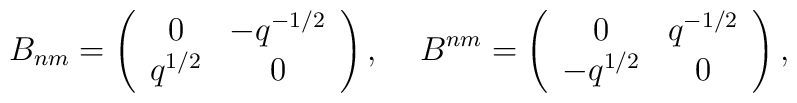
B_{nm}=\left( \begin{array}{cc}0 & -q^{-1/2} \\ q^{1/2} & 0\end{array}\right) ,\quad \,B^{nm}=\left(\begin{array}{cc}0 & q^{-1/2} \\-q^{1/2} & 0\end{array}\right) ,\,